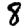
Digit: 8